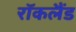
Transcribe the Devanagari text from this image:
रॉकलैंड